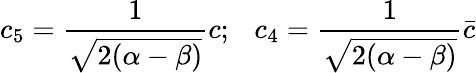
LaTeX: c_{5}=\frac{1}{\sqrt{2(\alpha-\beta)}}c;\ \ \ c_{4}=\frac{1}{\sqrt{2(\alpha-\beta)}}\bar{c}